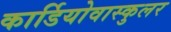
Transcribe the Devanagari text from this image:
कार्डियोवास्कुलर